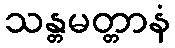
သန္တမတ္တာနံ